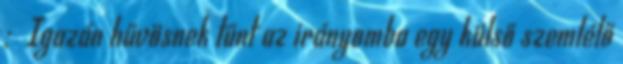
: Igazán hűvösnek tűnt az irányomba egy külső szemlélő